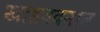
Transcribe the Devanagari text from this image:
खांडववनात